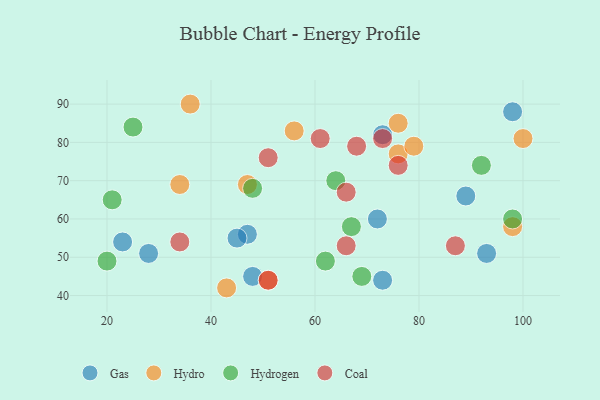
{"axis": {"x": "GDP", "y": "Life Expectancy"}, "legend": ["Coal", "Gas", "Hydro", "Hydrogen"], "data": [{"x": "73", "y": 44, "type": "Gas"}, {"x": "23", "y": 54, "type": "Gas"}, {"x": "47", "y": 56, "type": "Gas"}, {"x": "45", "y": 55, "type": "Gas"}, {"x": "72", "y": 60, "type": "Gas"}, {"x": "28", "y": 51, "type": "Gas"}, {"x": "93", "y": 51, "type": "Gas"}, {"x": "73", "y": 82, "type": "Gas"}, {"x": "48", "y": 45, "type": "Gas"}, {"x": "98", "y": 88, "type": "Gas"}, {"x": "89", "y": 66, "type": "Gas"}, {"x": "36", "y": 90, "type": "Hydro"}, {"x": "56", "y": 83, "type": "Hydro"}, {"x": "98", "y": 58, "type": "Hydro"}, {"x": "100", "y": 81, "type": "Hydro"}, {"x": "76", "y": 85, "type": "Hydro"}, {"x": "51", "y": 44, "type": "Hydro"}, {"x": "76", "y": 77, "type": "Hydro"}, {"x": "43", "y": 42, "type": "Hydro"}, {"x": "34", "y": 69, "type": "Hydro"}, {"x": "79", "y": 79, "type": "Hydro"}, {"x": "47", "y": 69, "type": "Hydro"}, {"x": "67", "y": 58, "type": "Hydrogen"}, {"x": "98", "y": 60, "type": "Hydrogen"}, {"x": "69", "y": 45, "type": "Hydrogen"}, {"x": "48", "y": 68, "type": "Hydrogen"}, {"x": "62", "y": 49, "type": "Hydrogen"}, {"x": "92", "y": 74, "type": "Hydrogen"}, {"x": "64", "y": 70, "type": "Hydrogen"}, {"x": "25", "y": 84, "type": "Hydrogen"}, {"x": "21", "y": 65, "type": "Hydrogen"}, {"x": "20", "y": 49, "type": "Hydrogen"}, {"x": "61", "y": 81, "type": "Coal"}, {"x": "68", "y": 79, "type": "Coal"}, {"x": "34", "y": 54, "type": "Coal"}, {"x": "51", "y": 44, "type": "Coal"}, {"x": "76", "y": 74, "type": "Coal"}, {"x": "51", "y": 76, "type": "Coal"}, {"x": "66", "y": 53, "type": "Coal"}, {"x": "66", "y": 67, "type": "Coal"}, {"x": "87", "y": 53, "type": "Coal"}, {"x": "73", "y": 81, "type": "Coal"}]}